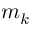
m _ { k }